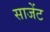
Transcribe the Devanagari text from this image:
साजेंट